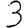
Digit: 3